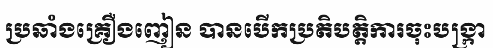
ប្រឆាំងគ្រឿងញៀន បានបើកប្រតិបត្តិការចុះបង្ក្រា